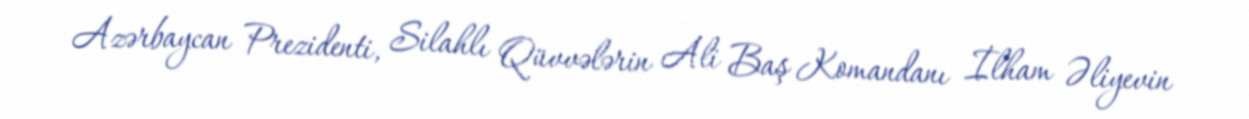
Azərbaycan Prezidenti, Silahlı Qüvvələrin Ali Baş Komandanı İlham Əliyevin